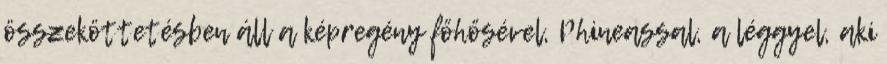
összeköttetésben áll a képregény főhősével, Phineassal, a léggyel, aki